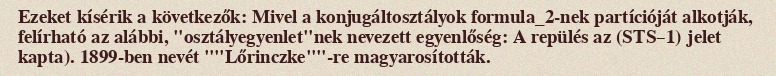
Ezeket kísérik a következők: Mivel a konjugáltosztályok formula_2-nek partícióját alkotják, felírható az alábbi, "osztályegyenlet"nek nevezett egyenlőség: A repülés az (STS–1) jelet kapta). 1899-ben nevét ""Lőrinczke""-re magyarosították.